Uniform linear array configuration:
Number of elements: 12
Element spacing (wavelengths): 0.75
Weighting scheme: uniform
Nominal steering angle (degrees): -30
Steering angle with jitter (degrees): -29.153
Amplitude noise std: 0.05
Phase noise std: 0.05

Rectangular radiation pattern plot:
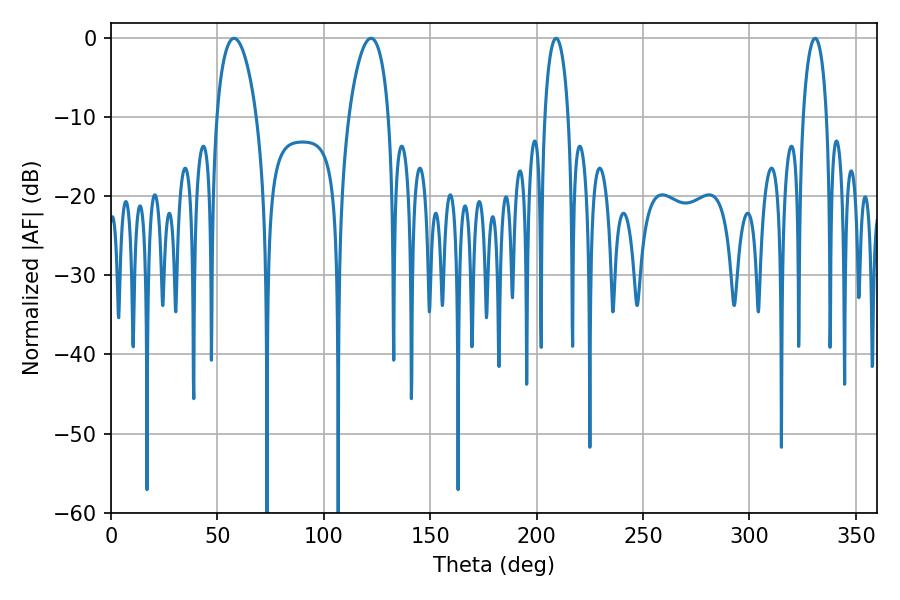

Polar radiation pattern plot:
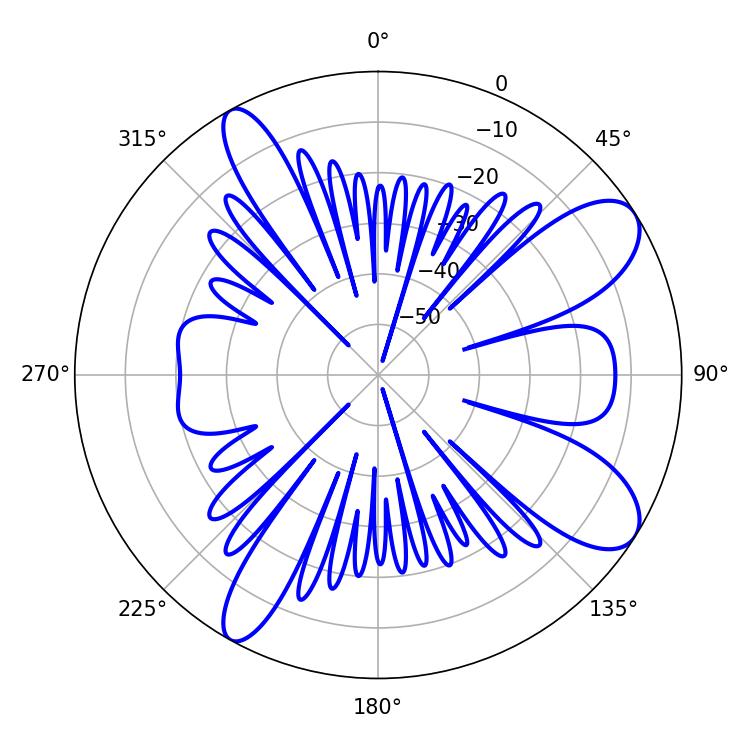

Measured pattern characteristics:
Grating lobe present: TRUE
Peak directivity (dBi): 9.455
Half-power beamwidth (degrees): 6.3
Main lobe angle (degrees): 330.84